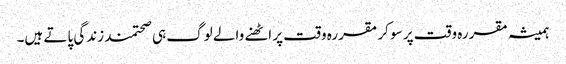
ہمیشہ مقررہ وقت پر سو کر مقررہ وقت پر اٹھنے والے لوگ ہی صحتمند زندگی پاتے ہیں۔